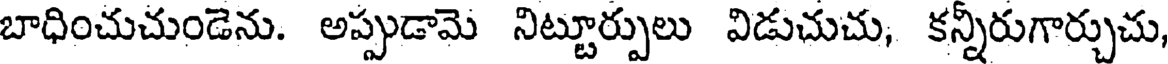
బాధించుచుండెను. అప్పుడామె నిట్టూర్పులు విడుచుచు, కన్నీరుగార్చుచు